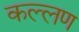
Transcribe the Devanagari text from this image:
कल्लण